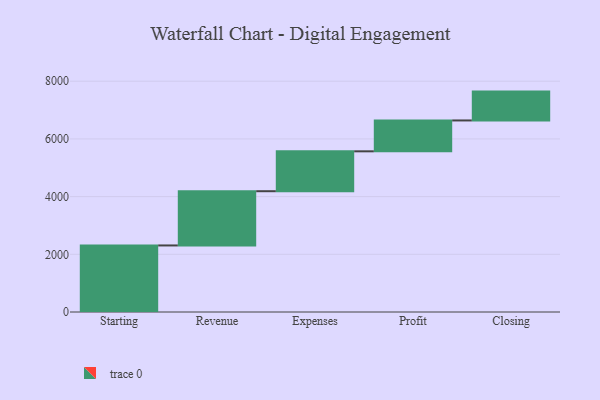
{"axis": {"x": "Step", "y": "Value"}, "legend": [""], "data": [{"x": "Starting", "y": 2307.0, "type": ""}, {"x": "Revenue", "y": 1880.0, "type": ""}, {"x": "Expenses", "y": 1383.0, "type": ""}, {"x": "Profit", "y": 1070.0, "type": ""}, {"x": "Closing", "y": 1000, "type": ""}]}